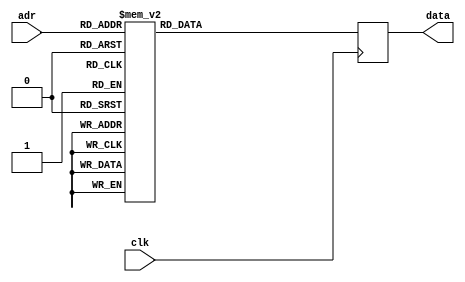
module testrom(clk, adr, data);
	input clk;
	input [10:0] adr;
	output [7:0] data;
	reg [7:0] data; 
	always @(posedge clk) begin
		case (adr)
			11'h000: data = 8'h41;
			11'h001: data = 8'h42;
			11'h002: data = 8'hcd;
			11'h003: data = 8'h67;
			11'h004: data = 8'h64;
			11'h005: data = 8'h3e;
			11'h006: data = 8'h01;
			11'h007: data = 8'hd3;
			11'h008: data = 8'he1;
			11'h009: data = 8'h3e;
			11'h00a: data = 8'hef;
			11'h00b: data = 8'hd3;
			11'h00c: data = 8'he7;
			11'h00d: data = 8'h21;
			11'h00e: data = 8'h2f;
			11'h00f: data = 8'h60;
			11'h010: data = 8'h22;
			11'h011: data = 8'h4e;
			11'h012: data = 8'hf1;
			11'h013: data = 8'h21;
			11'h014: data = 8'hb2;
			11'h015: data = 8'h61;
			11'h016: data = 8'h22;
			11'h017: data = 8'h39;
			11'h018: data = 8'hf1;
			11'h019: data = 8'h21;
			11'h01a: data = 8'h67;
			11'h01b: data = 8'h61;
			11'h01c: data = 8'h22;
			11'h01d: data = 8'h42;
			11'h01e: data = 8'hf1;
			11'h01f: data = 8'h21;
			11'h020: data = 8'h8e;
			11'h021: data = 8'h60;
			11'h022: data = 8'h22;
			11'h023: data = 8'h4b;
			11'h024: data = 8'hf1;
			11'h025: data = 8'h21;
			11'h026: data = 8'h00;
			11'h027: data = 8'h00;
			11'h028: data = 8'h22;
			11'h029: data = 8'hfc;
			11'h02a: data = 8'h7f;
			11'h02b: data = 8'h22;
			11'h02c: data = 8'hfe;
			11'h02d: data = 8'h7f;
			11'h02e: data = 8'hc9;
			11'h02f: data = 8'h21;
			11'h030: data = 8'h2d;
			11'h031: data = 8'h00;
			11'h032: data = 8'he5;
			11'h033: data = 8'hcd;
			11'h034: data = 8'h17;
			11'h035: data = 8'h64;
			11'h036: data = 8'h21;
			11'h037: data = 8'h00;
			11'h038: data = 8'h7c;
			11'h039: data = 8'h06;
			11'h03a: data = 8'h10;
			11'h03b: data = 8'h7e;
			11'h03c: data = 8'hb7;
			11'h03d: data = 8'h11;
			11'h03e: data = 8'h20;
			11'h03f: data = 8'h00;
			11'h040: data = 8'h28;
			11'h041: data = 8'h29;
			11'h042: data = 8'h1e;
			11'h043: data = 8'h0b;
			11'h044: data = 8'he5;
			11'h045: data = 8'h19;
			11'h046: data = 8'hcb;
			11'h047: data = 8'h56;
			11'h048: data = 8'he1;
			11'h049: data = 8'h1e;
			11'h04a: data = 8'h20;
			11'h04b: data = 8'h20;
			11'h04c: data = 8'h1e;
			11'h04d: data = 8'hc5;
			11'h04e: data = 8'h06;
			11'h04f: data = 8'h0b;
			11'h050: data = 8'h7e;
			11'h051: data = 8'h23;
			11'h052: data = 8'hcd;
			11'h053: data = 8'h57;
			11'h054: data = 8'h02;
			11'h055: data = 8'h10;
			11'h056: data = 8'hf9;
			11'h057: data = 8'hc1;
			11'h058: data = 8'hcd;
			11'h059: data = 8'hca;
			11'h05a: data = 8'h5f;
			11'h05b: data = 8'hcd;
			11'h05c: data = 8'hf1;
			11'h05d: data = 8'h0c;
			11'h05e: data = 8'h28;
			11'h05f: data = 8'h09;
			11'h060: data = 8'h38;
			11'h061: data = 8'h16;
			11'h062: data = 8'hcd;
			11'h063: data = 8'h75;
			11'h064: data = 8'h0f;
			11'h065: data = 8'hfe;
			11'h066: data = 8'h03;
			11'h067: data = 8'h28;
			11'h068: data = 8'h0f;
			11'h069: data = 8'h1e;
			11'h06a: data = 8'h15;
			11'h06b: data = 8'h19;
			11'h06c: data = 8'h10;
			11'h06d: data = 8'hcd;
			11'h06e: data = 8'he1;
			11'h06f: data = 8'h2c;
			11'h070: data = 8'h7d;
			11'h071: data = 8'hfe;
			11'h072: data = 8'h3d;
			11'h073: data = 8'h20;
			11'h074: data = 8'hbd;
			11'h075: data = 8'hc3;
			11'h076: data = 8'h81;
			11'h077: data = 8'h00;
			11'h078: data = 8'h21;
			11'h079: data = 8'h81;
			11'h07a: data = 8'h60;
			11'h07b: data = 8'hcd;
			11'h07c: data = 8'hed;
			11'h07d: data = 8'h52;
			11'h07e: data = 8'hc3;
			11'h07f: data = 8'h81;
			11'h080: data = 8'h00;
			11'h081: data = 8'h5e;
			11'h082: data = 8'h43;
			11'h083: data = 8'h0d;
			11'h084: data = 8'h0a;
			11'h085: data = 8'h42;
			11'h086: data = 8'h72;
			11'h087: data = 8'h65;
			11'h088: data = 8'h61;
			11'h089: data = 8'h6b;
			11'h08a: data = 8'h0d;
			11'h08b: data = 8'h0a;
			11'h08c: data = 8'h07;
			11'h08d: data = 8'h00;
			11'h08e: data = 8'hcd;
			11'h08f: data = 8'h19;
			11'h090: data = 8'h62;
			11'h091: data = 8'h28;
			11'h092: data = 8'h11;
			11'h093: data = 8'h21;
			11'h094: data = 8'h57;
			11'h095: data = 8'h61;
			11'h096: data = 8'hcd;
			11'h097: data = 8'hed;
			11'h098: data = 8'h52;
			11'h099: data = 8'hcd;
			11'h09a: data = 8'h75;
			11'h09b: data = 8'h0f;
			11'h09c: data = 8'hfe;
			11'h09d: data = 8'h79;
			11'h09e: data = 8'hc2;
			11'h09f: data = 8'h81;
			11'h0a0: data = 8'h00;
			11'h0a1: data = 8'hcd;
			11'h0a2: data = 8'h76;
			11'h0a3: data = 8'h61;
			11'h0a4: data = 8'hcd;
			11'h0a5: data = 8'h14;
			11'h0a6: data = 8'h62;
			11'h0a7: data = 8'hca;
			11'h0a8: data = 8'ha5;
			11'h0a9: data = 8'h44;
			11'h0aa: data = 8'h21;
			11'h0ab: data = 8'h20;
			11'h0ac: data = 8'h7e;
			11'h0ad: data = 8'h06;
			11'h0ae: data = 8'h20;
			11'h0af: data = 8'hcd;
			11'h0b0: data = 8'h87;
			11'h0b1: data = 8'h64;
			11'h0b2: data = 8'h01;
			11'h0b3: data = 8'h0b;
			11'h0b4: data = 8'h00;
			11'h0b5: data = 8'h11;
			11'h0b6: data = 8'h20;
			11'h0b7: data = 8'h7e;
			11'h0b8: data = 8'h21;
			11'h0b9: data = 8'h10;
			11'h0ba: data = 8'h7e;
			11'h0bb: data = 8'hd5;
			11'h0bc: data = 8'hed;
			11'h0bd: data = 8'hb0;
			11'h0be: data = 8'h21;
			11'h0bf: data = 8'h00;
			11'h0c0: data = 8'h00;
			11'h0c1: data = 8'hcd;
			11'h0c2: data = 8'ha3;
			11'h0c3: data = 8'h63;
			11'h0c4: data = 8'hed;
			11'h0c5: data = 8'h53;
			11'h0c6: data = 8'h40;
			11'h0c7: data = 8'h7e;
			11'h0c8: data = 8'he1;
			11'h0c9: data = 8'h01;
			11'h0ca: data = 8'h1a;
			11'h0cb: data = 8'h00;
			11'h0cc: data = 8'h09;
			11'h0cd: data = 8'h73;
			11'h0ce: data = 8'h23;
			11'h0cf: data = 8'h72;
			11'h0d0: data = 8'hcd;
			11'h0d1: data = 8'h86;
			11'h0d2: data = 8'h5b;
			11'h0d3: data = 8'h21;
			11'h0d4: data = 8'h00;
			11'h0d5: data = 8'h7e;
			11'h0d6: data = 8'h06;
			11'h0d7: data = 8'h10;
			11'h0d8: data = 8'hcd;
			11'h0d9: data = 8'h87;
			11'h0da: data = 8'h64;
			11'h0db: data = 8'h2a;
			11'h0dc: data = 8'ha0;
			11'h0dd: data = 8'hef;
			11'h0de: data = 8'hed;
			11'h0df: data = 8'h5b;
			11'h0e0: data = 8'h54;
			11'h0e1: data = 8'heb;
			11'h0e2: data = 8'hb7;
			11'h0e3: data = 8'hed;
			11'h0e4: data = 8'h52;
			11'h0e5: data = 8'h45;
			11'h0e6: data = 8'h4c;
			11'h0e7: data = 8'hed;
			11'h0e8: data = 8'h43;
			11'h0e9: data = 8'h02;
			11'h0ea: data = 8'h7e;
			11'h0eb: data = 8'h2a;
			11'h0ec: data = 8'hfc;
			11'h0ed: data = 8'h7f;
			11'h0ee: data = 8'h45;
			11'h0ef: data = 8'h4c;
			11'h0f0: data = 8'hed;
			11'h0f1: data = 8'h43;
			11'h0f2: data = 8'h04;
			11'h0f3: data = 8'h7e;
			11'h0f4: data = 8'heb;
			11'h0f5: data = 8'h2a;
			11'h0f6: data = 8'hfe;
			11'h0f7: data = 8'h7f;
			11'h0f8: data = 8'hb7;
			11'h0f9: data = 8'hed;
			11'h0fa: data = 8'h52;
			11'h0fb: data = 8'h28;
			11'h0fc: data = 8'h01;
			11'h0fd: data = 8'h23;
			11'h0fe: data = 8'h45;
			11'h0ff: data = 8'h4c;
			11'h100: data = 8'hed;
			11'h101: data = 8'h43;
			11'h102: data = 8'h06;
			11'h103: data = 8'h7e;
			11'h104: data = 8'h21;
			11'h105: data = 8'h00;
			11'h106: data = 8'h7e;
			11'h107: data = 8'h01;
			11'h108: data = 8'h10;
			11'h109: data = 8'h00;
			11'h10a: data = 8'hcd;
			11'h10b: data = 8'hb5;
			11'h10c: data = 8'h62;
			11'h10d: data = 8'h2a;
			11'h10e: data = 8'h02;
			11'h10f: data = 8'h7e;
			11'h110: data = 8'h45;
			11'h111: data = 8'h4c;
			11'h112: data = 8'h2a;
			11'h113: data = 8'h54;
			11'h114: data = 8'heb;
			11'h115: data = 8'hcd;
			11'h116: data = 8'hb5;
			11'h117: data = 8'h62;
			11'h118: data = 8'h21;
			11'h119: data = 8'h06;
			11'h11a: data = 8'h7e;
			11'h11b: data = 8'h46;
			11'h11c: data = 8'h23;
			11'h11d: data = 8'h4e;
			11'h11e: data = 8'h2a;
			11'h11f: data = 8'hfc;
			11'h120: data = 8'h7f;
			11'h121: data = 8'hcd;
			11'h122: data = 8'hb5;
			11'h123: data = 8'h62;
			11'h124: data = 8'h2a;
			11'h125: data = 8'h46;
			11'h126: data = 8'h7e;
			11'h127: data = 8'h22;
			11'h128: data = 8'h3c;
			11'h129: data = 8'h7e;
			11'h12a: data = 8'h2a;
			11'h12b: data = 8'h42;
			11'h12c: data = 8'h7e;
			11'h12d: data = 8'h11;
			11'h12e: data = 8'h00;
			11'h12f: data = 8'h7c;
			11'h130: data = 8'h3e;
			11'h131: data = 8'h01;
			11'h132: data = 8'hcd;
			11'h133: data = 8'h2a;
			11'h134: data = 8'h64;
			11'h135: data = 8'h2a;
			11'h136: data = 8'h40;
			11'h137: data = 8'h7e;
			11'h138: data = 8'h01;
			11'h139: data = 8'hff;
			11'h13a: data = 8'hff;
			11'h13b: data = 8'h37;
			11'h13c: data = 8'hcd;
			11'h13d: data = 8'hcb;
			11'h13e: data = 8'h63;
			11'h13f: data = 8'h2a;
			11'h140: data = 8'h4c;
			11'h141: data = 8'h7e;
			11'h142: data = 8'hcd;
			11'h143: data = 8'h17;
			11'h144: data = 8'h64;
			11'h145: data = 8'h21;
			11'h146: data = 8'h20;
			11'h147: data = 8'h7e;
			11'h148: data = 8'hed;
			11'h149: data = 8'h5b;
			11'h14a: data = 8'h4a;
			11'h14b: data = 8'h7e;
			11'h14c: data = 8'h01;
			11'h14d: data = 8'h20;
			11'h14e: data = 8'h00;
			11'h14f: data = 8'hed;
			11'h150: data = 8'hb0;
			11'h151: data = 8'hcd;
			11'h152: data = 8'h91;
			11'h153: data = 8'h61;
			11'h154: data = 8'hc3;
			11'h155: data = 8'h81;
			11'h156: data = 8'h00;
			11'h157: data = 8'h4f;
			11'h158: data = 8'h76;
			11'h159: data = 8'h65;
			11'h15a: data = 8'h72;
			11'h15b: data = 8'h77;
			11'h15c: data = 8'h72;
			11'h15d: data = 8'h69;
			11'h15e: data = 8'h74;
			11'h15f: data = 8'h65;
			11'h160: data = 8'h3f;
			11'h161: data = 8'h5b;
			11'h162: data = 8'h79;
			11'h163: data = 8'h2f;
			11'h164: data = 8'h6e;
			11'h165: data = 8'h5d;
			11'h166: data = 8'h00;
			11'h167: data = 8'hcd;
			11'h168: data = 8'h19;
			11'h169: data = 8'h62;
			11'h16a: data = 8'hca;
			11'h16b: data = 8'ha5;
			11'h16c: data = 8'h44;
			11'h16d: data = 8'hcd;
			11'h16e: data = 8'h76;
			11'h16f: data = 8'h61;
			11'h170: data = 8'hcd;
			11'h171: data = 8'h91;
			11'h172: data = 8'h61;
			11'h173: data = 8'hc3;
			11'h174: data = 8'h81;
			11'h175: data = 8'h00;
			11'h176: data = 8'h2a;
			11'h177: data = 8'h4a;
			11'h178: data = 8'h7e;
			11'h179: data = 8'h36;
			11'h17a: data = 8'h00;
			11'h17b: data = 8'h2a;
			11'h17c: data = 8'h40;
			11'h17d: data = 8'h7e;
			11'h17e: data = 8'h37;
			11'h17f: data = 8'h01;
			11'h180: data = 8'h00;
			11'h181: data = 8'h00;
			11'h182: data = 8'hcd;
			11'h183: data = 8'hcb;
			11'h184: data = 8'h63;
			11'h185: data = 8'h21;
			11'h186: data = 8'hff;
			11'h187: data = 8'h0f;
			11'h188: data = 8'hcd;
			11'h189: data = 8'hd3;
			11'h18a: data = 8'h5e;
			11'h18b: data = 8'heb;
			11'h18c: data = 8'h20;
			11'h18d: data = 8'hf0;
			11'h18e: data = 8'hc3;
			11'h18f: data = 8'h81;
			11'h190: data = 8'h00;
			11'h191: data = 8'h2a;
			11'h192: data = 8'h4c;
			11'h193: data = 8'h7e;
			11'h194: data = 8'h11;
			11'h195: data = 8'h00;
			11'h196: data = 8'h7c;
			11'h197: data = 8'h3e;
			11'h198: data = 8'h01;
			11'h199: data = 8'hcd;
			11'h19a: data = 8'h2a;
			11'h19b: data = 8'h64;
			11'h19c: data = 8'h21;
			11'h19d: data = 8'h21;
			11'h19e: data = 8'h00;
			11'h19f: data = 8'h11;
			11'h1a0: data = 8'h00;
			11'h1a1: data = 8'h70;
			11'h1a2: data = 8'h3e;
			11'h1a3: data = 8'h06;
			11'h1a4: data = 8'hcd;
			11'h1a5: data = 8'h2a;
			11'h1a6: data = 8'h64;
			11'h1a7: data = 8'h21;
			11'h1a8: data = 8'h27;
			11'h1a9: data = 8'h00;
			11'h1aa: data = 8'h11;
			11'h1ab: data = 8'h00;
			11'h1ac: data = 8'h70;
			11'h1ad: data = 8'h3e;
			11'h1ae: data = 8'h06;
			11'h1af: data = 8'hc3;
			11'h1b0: data = 8'h2a;
			11'h1b1: data = 8'h64;
			11'h1b2: data = 8'hcd;
			11'h1b3: data = 8'h19;
			11'h1b4: data = 8'h62;
			11'h1b5: data = 8'hca;
			11'h1b6: data = 8'ha5;
			11'h1b7: data = 8'h44;
			11'h1b8: data = 8'h01;
			11'h1b9: data = 8'h10;
			11'h1ba: data = 8'h00;
			11'h1bb: data = 8'h21;
			11'h1bc: data = 8'h00;
			11'h1bd: data = 8'h7e;
			11'h1be: data = 8'hcd;
			11'h1bf: data = 8'h94;
			11'h1c0: data = 8'h62;
			11'h1c1: data = 8'h21;
			11'h1c2: data = 8'h04;
			11'h1c3: data = 8'h7e;
			11'h1c4: data = 8'h56;
			11'h1c5: data = 8'h23;
			11'h1c6: data = 8'h5e;
			11'h1c7: data = 8'h23;
			11'h1c8: data = 8'hed;
			11'h1c9: data = 8'h53;
			11'h1ca: data = 8'hfc;
			11'h1cb: data = 8'h7f;
			11'h1cc: data = 8'h46;
			11'h1cd: data = 8'h23;
			11'h1ce: data = 8'h4e;
			11'h1cf: data = 8'heb;
			11'h1d0: data = 8'h09;
			11'h1d1: data = 8'h28;
			11'h1d2: data = 8'h01;
			11'h1d3: data = 8'h2b;
			11'h1d4: data = 8'h22;
			11'h1d5: data = 8'hfe;
			11'h1d6: data = 8'h7f;
			11'h1d7: data = 8'h21;
			11'h1d8: data = 8'h02;
			11'h1d9: data = 8'h7e;
			11'h1da: data = 8'h46;
			11'h1db: data = 8'h23;
			11'h1dc: data = 8'h4e;
			11'h1dd: data = 8'h79;
			11'h1de: data = 8'hb0;
			11'h1df: data = 8'h21;
			11'h1e0: data = 8'h21;
			11'h1e1: data = 8'h80;
			11'h1e2: data = 8'hc4;
			11'h1e3: data = 8'h94;
			11'h1e4: data = 8'h62;
			11'h1e5: data = 8'h21;
			11'h1e6: data = 8'h04;
			11'h1e7: data = 8'h7e;
			11'h1e8: data = 8'h56;
			11'h1e9: data = 8'h23;
			11'h1ea: data = 8'h5e;
			11'h1eb: data = 8'h23;
			11'h1ec: data = 8'h46;
			11'h1ed: data = 8'h23;
			11'h1ee: data = 8'h4e;
			11'h1ef: data = 8'heb;
			11'h1f0: data = 8'h79;
			11'h1f1: data = 8'hb0;
			11'h1f2: data = 8'hc4;
			11'h1f3: data = 8'h94;
			11'h1f4: data = 8'h62;
			11'h1f5: data = 8'h21;
			11'h1f6: data = 8'h02;
			11'h1f7: data = 8'h7e;
			11'h1f8: data = 8'h7e;
			11'h1f9: data = 8'h23;
			11'h1fa: data = 8'hb6;
			11'h1fb: data = 8'h28;
			11'h1fc: data = 8'h0a;
			11'h1fd: data = 8'hcd;
			11'h1fe: data = 8'h76;
			11'h1ff: data = 8'h3d;
			11'h200: data = 8'h23;
			11'h201: data = 8'h22;
			11'h202: data = 8'ha0;
			11'h203: data = 8'hef;
			11'h204: data = 8'hc3;
			11'h205: data = 8'h8e;
			11'h206: data = 8'h1f;
			11'h207: data = 8'h21;
			11'h208: data = 8'h00;
			11'h209: data = 8'h7e;
			11'h20a: data = 8'h56;
			11'h20b: data = 8'h23;
			11'h20c: data = 8'h5e;
			11'h20d: data = 8'h7b;
			11'h20e: data = 8'hb2;
			11'h20f: data = 8'hca;
			11'h210: data = 8'h81;
			11'h211: data = 8'h00;
			11'h212: data = 8'heb;
			11'h213: data = 8'he9;
			11'h214: data = 8'h21;
			11'h215: data = 8'h84;
			11'h216: data = 8'h64;
			11'h217: data = 8'h18;
			11'h218: data = 8'h2e;
			11'h219: data = 8'h7e;
			11'h21a: data = 8'h23;
			11'h21b: data = 8'hfe;
			11'h21c: data = 8'h22;
			11'h21d: data = 8'hc2;
			11'h21e: data = 8'ha5;
			11'h21f: data = 8'h44;
			11'h220: data = 8'h06;
			11'h221: data = 8'h0b;
			11'h222: data = 8'h11;
			11'h223: data = 8'h10;
			11'h224: data = 8'h7e;
			11'h225: data = 8'h7e;
			11'h226: data = 8'h23;
			11'h227: data = 8'hb7;
			11'h228: data = 8'h28;
			11'h229: data = 8'h14;
			11'h22a: data = 8'hfe;
			11'h22b: data = 8'h22;
			11'h22c: data = 8'h28;
			11'h22d: data = 8'h10;
			11'h22e: data = 8'hfe;
			11'h22f: data = 8'h61;
			11'h230: data = 8'h38;
			11'h231: data = 8'h06;
			11'h232: data = 8'hfe;
			11'h233: data = 8'h7b;
			11'h234: data = 8'h30;
			11'h235: data = 8'h02;
			11'h236: data = 8'he6;
			11'h237: data = 8'hdf;
			11'h238: data = 8'h12;
			11'h239: data = 8'h13;
			11'h23a: data = 8'h10;
			11'h23b: data = 8'he9;
			11'h23c: data = 8'h18;
			11'h23d: data = 8'h06;
			11'h23e: data = 8'h3e;
			11'h23f: data = 8'h20;
			11'h240: data = 8'h12;
			11'h241: data = 8'h13;
			11'h242: data = 8'h10;
			11'h243: data = 8'hfc;
			11'h244: data = 8'h21;
			11'h245: data = 8'h76;
			11'h246: data = 8'h64;
			11'h247: data = 8'h22;
			11'h248: data = 8'h5c;
			11'h249: data = 8'h62;
			11'h24a: data = 8'h21;
			11'h24b: data = 8'h2d;
			11'h24c: data = 8'h00;
			11'h24d: data = 8'he5;
			11'h24e: data = 8'hcd;
			11'h24f: data = 8'h17;
			11'h250: data = 8'h64;
			11'h251: data = 8'h21;
			11'h252: data = 8'h00;
			11'h253: data = 8'h7c;
			11'h254: data = 8'h06;
			11'h255: data = 8'h10;
			11'h256: data = 8'h11;
			11'h257: data = 8'h10;
			11'h258: data = 8'h7e;
			11'h259: data = 8'h3e;
			11'h25a: data = 8'h0b;
			11'h25b: data = 8'hcd;
			11'h25c: data = 8'h00;
			11'h25d: data = 8'h00;
			11'h25e: data = 8'h28;
			11'h25f: data = 8'h0e;
			11'h260: data = 8'h11;
			11'h261: data = 8'h20;
			11'h262: data = 8'h00;
			11'h263: data = 8'h19;
			11'h264: data = 8'h10;
			11'h265: data = 8'hf0;
			11'h266: data = 8'he1;
			11'h267: data = 8'h2c;
			11'h268: data = 8'h7d;
			11'h269: data = 8'hfe;
			11'h26a: data = 8'h3d;
			11'h26b: data = 8'h20;
			11'h26c: data = 8'he0;
			11'h26d: data = 8'hc9;
			11'h26e: data = 8'h22;
			11'h26f: data = 8'h4a;
			11'h270: data = 8'h7e;
			11'h271: data = 8'h01;
			11'h272: data = 8'h1a;
			11'h273: data = 8'h00;
			11'h274: data = 8'h09;
			11'h275: data = 8'h5e;
			11'h276: data = 8'h23;
			11'h277: data = 8'h56;
			11'h278: data = 8'hed;
			11'h279: data = 8'h53;
			11'h27a: data = 8'h40;
			11'h27b: data = 8'h7e;
			11'h27c: data = 8'h11;
			11'h27d: data = 8'h00;
			11'h27e: data = 8'h70;
			11'h27f: data = 8'h21;
			11'h280: data = 8'h21;
			11'h281: data = 8'h00;
			11'h282: data = 8'h3e;
			11'h283: data = 8'h06;
			11'h284: data = 8'hcd;
			11'h285: data = 8'h1c;
			11'h286: data = 8'h64;
			11'h287: data = 8'h21;
			11'h288: data = 8'h00;
			11'h289: data = 8'h00;
			11'h28a: data = 8'h22;
			11'h28b: data = 8'h46;
			11'h28c: data = 8'h7e;
			11'h28d: data = 8'he1;
			11'h28e: data = 8'h22;
			11'h28f: data = 8'h4c;
			11'h290: data = 8'h7e;
			11'h291: data = 8'haf;
			11'h292: data = 8'h3c;
			11'h293: data = 8'hc9;
			11'h294: data = 8'h22;
			11'h295: data = 8'h44;
			11'h296: data = 8'h7e;
			11'h297: data = 8'h21;
			11'h298: data = 8'h1c;
			11'h299: data = 8'h64;
			11'h29a: data = 8'h22;
			11'h29b: data = 8'h18;
			11'h29c: data = 8'h63;
			11'h29d: data = 8'h3e;
			11'h29e: data = 8'h3c;
			11'h29f: data = 8'h32;
			11'h2a0: data = 8'h0b;
			11'h2a1: data = 8'h63;
			11'h2a2: data = 8'h3e;
			11'h2a3: data = 8'h53;
			11'h2a4: data = 8'h32;
			11'h2a5: data = 8'h7d;
			11'h2a6: data = 8'h63;
			11'h2a7: data = 8'h3e;
			11'h2a8: data = 8'h29;
			11'h2a9: data = 8'h32;
			11'h2aa: data = 8'h20;
			11'h2ab: data = 8'h63;
			11'h2ac: data = 8'haf;
			11'h2ad: data = 8'h32;
			11'h2ae: data = 8'hec;
			11'h2af: data = 8'h62;
			11'h2b0: data = 8'h32;
			11'h2b1: data = 8'h78;
			11'h2b2: data = 8'h63;
			11'h2b3: data = 8'h18;
			11'h2b4: data = 8'h23;
			11'h2b5: data = 8'h22;
			11'h2b6: data = 8'h44;
			11'h2b7: data = 8'h7e;
			11'h2b8: data = 8'h21;
			11'h2b9: data = 8'h2a;
			11'h2ba: data = 8'h64;
			11'h2bb: data = 8'h22;
			11'h2bc: data = 8'h18;
			11'h2bd: data = 8'h63;
			11'h2be: data = 8'h3e;
			11'h2bf: data = 8'ha7;
			11'h2c0: data = 8'h32;
			11'h2c1: data = 8'h0b;
			11'h2c2: data = 8'h63;
			11'h2c3: data = 8'h3e;
			11'h2c4: data = 8'heb;
			11'h2c5: data = 8'h32;
			11'h2c6: data = 8'h78;
			11'h2c7: data = 8'h63;
			11'h2c8: data = 8'h3e;
			11'h2c9: data = 8'h63;
			11'h2ca: data = 8'h32;
			11'h2cb: data = 8'h7d;
			11'h2cc: data = 8'h63;
			11'h2cd: data = 8'h3e;
			11'h2ce: data = 8'h1b;
			11'h2cf: data = 8'h32;
			11'h2d0: data = 8'hec;
			11'h2d1: data = 8'h62;
			11'h2d2: data = 8'haf;
			11'h2d3: data = 8'h32;
			11'h2d4: data = 8'h20;
			11'h2d5: data = 8'h63;
			11'h2d6: data = 8'h3e;
			11'h2d7: data = 8'h0a;
			11'h2d8: data = 8'h32;
			11'h2d9: data = 8'h8f;
			11'h2da: data = 8'h63;
			11'h2db: data = 8'h79;
			11'h2dc: data = 8'hb0;
			11'h2dd: data = 8'hc8;
			11'h2de: data = 8'hed;
			11'h2df: data = 8'h43;
			11'h2e0: data = 8'h48;
			11'h2e1: data = 8'h7e;
			11'h2e2: data = 8'h2a;
			11'h2e3: data = 8'h46;
			11'h2e4: data = 8'h7e;
			11'h2e5: data = 8'h7c;
			11'h2e6: data = 8'he6;
			11'h2e7: data = 8'h01;
			11'h2e8: data = 8'hb5;
			11'h2e9: data = 8'h20;
			11'h2ea: data = 8'h5f;
			11'h2eb: data = 8'h18;
			11'h2ec: data = 8'h00;
			11'h2ed: data = 8'h7c;
			11'h2ee: data = 8'he6;
			11'h2ef: data = 8'h0e;
			11'h2f0: data = 8'h20;
			11'h2f1: data = 8'h1c;
			11'h2f2: data = 8'h2a;
			11'h2f3: data = 8'h40;
			11'h2f4: data = 8'h7e;
			11'h2f5: data = 8'hcb;
			11'h2f6: data = 8'h25;
			11'h2f7: data = 8'hcb;
			11'h2f8: data = 8'h14;
			11'h2f9: data = 8'hcb;
			11'h2fa: data = 8'h25;
			11'h2fb: data = 8'hcb;
			11'h2fc: data = 8'h14;
			11'h2fd: data = 8'hcb;
			11'h2fe: data = 8'h25;
			11'h2ff: data = 8'hcb;
			11'h300: data = 8'h14;
			11'h301: data = 8'h11;
			11'h302: data = 8'h3d;
			11'h303: data = 8'h00;
			11'h304: data = 8'h19;
			11'h305: data = 8'h22;
			11'h306: data = 8'h42;
			11'h307: data = 8'h7e;
			11'h308: data = 8'h3a;
			11'h309: data = 8'h47;
			11'h30a: data = 8'h7e;
			11'h30b: data = 8'h00;
			11'h30c: data = 8'h28;
			11'h30d: data = 8'h26;
			11'h30e: data = 8'h2a;
			11'h30f: data = 8'h42;
			11'h310: data = 8'h7e;
			11'h311: data = 8'he5;
			11'h312: data = 8'h11;
			11'h313: data = 8'h00;
			11'h314: data = 8'h7c;
			11'h315: data = 8'h3e;
			11'h316: data = 8'h01;
			11'h317: data = 8'hcd;
			11'h318: data = 8'h00;
			11'h319: data = 8'h00;
			11'h31a: data = 8'he1;
			11'h31b: data = 8'h23;
			11'h31c: data = 8'h22;
			11'h31d: data = 8'h42;
			11'h31e: data = 8'h7e;
			11'h31f: data = 8'h18;
			11'h320: data = 8'h00;
			11'h321: data = 8'h2a;
			11'h322: data = 8'h46;
			11'h323: data = 8'h7e;
			11'h324: data = 8'h7c;
			11'h325: data = 8'he6;
			11'h326: data = 8'h0f;
			11'h327: data = 8'hb5;
			11'h328: data = 8'h20;
			11'h329: data = 8'h20;
			11'h32a: data = 8'h2a;
			11'h32b: data = 8'h40;
			11'h32c: data = 8'h7e;
			11'h32d: data = 8'hcd;
			11'h32e: data = 8'ha3;
			11'h32f: data = 8'h63;
			11'h330: data = 8'hed;
			11'h331: data = 8'h53;
			11'h332: data = 8'h40;
			11'h333: data = 8'h7e;
			11'h334: data = 8'h2a;
			11'h335: data = 8'h40;
			11'h336: data = 8'h7e;
			11'h337: data = 8'hcb;
			11'h338: data = 8'h25;
			11'h339: data = 8'hcb;
			11'h33a: data = 8'h14;
			11'h33b: data = 8'hcb;
			11'h33c: data = 8'h25;
			11'h33d: data = 8'hcb;
			11'h33e: data = 8'h14;
			11'h33f: data = 8'hcb;
			11'h340: data = 8'h25;
			11'h341: data = 8'hcb;
			11'h342: data = 8'h14;
			11'h343: data = 8'h11;
			11'h344: data = 8'h3d;
			11'h345: data = 8'h00;
			11'h346: data = 8'h19;
			11'h347: data = 8'h22;
			11'h348: data = 8'h42;
			11'h349: data = 8'h7e;
			11'h34a: data = 8'h2a;
			11'h34b: data = 8'h46;
			11'h34c: data = 8'h7e;
			11'h34d: data = 8'h7c;
			11'h34e: data = 8'he6;
			11'h34f: data = 8'h01;
			11'h350: data = 8'h67;
			11'h351: data = 8'he5;
			11'h352: data = 8'heb;
			11'h353: data = 8'h21;
			11'h354: data = 8'h00;
			11'h355: data = 8'h02;
			11'h356: data = 8'hed;
			11'h357: data = 8'h52;
			11'h358: data = 8'heb;
			11'h359: data = 8'h2a;
			11'h35a: data = 8'h48;
			11'h35b: data = 8'h7e;
			11'h35c: data = 8'hcd;
			11'h35d: data = 8'hd3;
			11'h35e: data = 8'h5e;
			11'h35f: data = 8'h30;
			11'h360: data = 8'h07;
			11'h361: data = 8'h4d;
			11'h362: data = 8'h44;
			11'h363: data = 8'h21;
			11'h364: data = 8'h00;
			11'h365: data = 8'h00;
			11'h366: data = 8'h18;
			11'h367: data = 8'h04;
			11'h368: data = 8'h4b;
			11'h369: data = 8'h42;
			11'h36a: data = 8'hed;
			11'h36b: data = 8'h52;
			11'h36c: data = 8'h22;
			11'h36d: data = 8'h48;
			11'h36e: data = 8'h7e;
			11'h36f: data = 8'he1;
			11'h370: data = 8'h11;
			11'h371: data = 8'h00;
			11'h372: data = 8'h7c;
			11'h373: data = 8'h19;
			11'h374: data = 8'hed;
			11'h375: data = 8'h5b;
			11'h376: data = 8'h44;
			11'h377: data = 8'h7e;
			11'h378: data = 8'h00;
			11'h379: data = 8'hc5;
			11'h37a: data = 8'hed;
			11'h37b: data = 8'hb0;
			11'h37c: data = 8'hed;
			11'h37d: data = 8'h00;
			11'h37e: data = 8'h44;
			11'h37f: data = 8'h7e;
			11'h380: data = 8'hc1;
			11'h381: data = 8'h2a;
			11'h382: data = 8'h46;
			11'h383: data = 8'h7e;
			11'h384: data = 8'h09;
			11'h385: data = 8'h22;
			11'h386: data = 8'h46;
			11'h387: data = 8'h7e;
			11'h388: data = 8'h7c;
			11'h389: data = 8'he6;
			11'h38a: data = 8'h0f;
			11'h38b: data = 8'hb5;
			11'h38c: data = 8'h20;
			11'h38d: data = 8'h0c;
			11'h38e: data = 8'h18;
			11'h38f: data = 8'h00;
			11'h390: data = 8'h2a;
			11'h391: data = 8'h40;
			11'h392: data = 8'h7e;
			11'h393: data = 8'hcd;
			11'h394: data = 8'hcb;
			11'h395: data = 8'h63;
			11'h396: data = 8'hed;
			11'h397: data = 8'h53;
			11'h398: data = 8'h40;
			11'h399: data = 8'h7e;
			11'h39a: data = 8'h2a;
			11'h39b: data = 8'h48;
			11'h39c: data = 8'h7e;
			11'h39d: data = 8'h7d;
			11'h39e: data = 8'hb4;
			11'h39f: data = 8'hc2;
			11'h3a0: data = 8'he2;
			11'h3a1: data = 8'h62;
			11'h3a2: data = 8'hc9;
			11'h3a3: data = 8'he5;
			11'h3a4: data = 8'h23;
			11'h3a5: data = 8'h11;
			11'h3a6: data = 8'h00;
			11'h3a7: data = 8'h08;
			11'h3a8: data = 8'hcd;
			11'h3a9: data = 8'hd3;
			11'h3aa: data = 8'h5e;
			11'h3ab: data = 8'hd2;
			11'h3ac: data = 8'ha5;
			11'h3ad: data = 8'h44;
			11'h3ae: data = 8'he5;
			11'h3af: data = 8'hb7;
			11'h3b0: data = 8'hcd;
			11'h3b1: data = 8'hcb;
			11'h3b2: data = 8'h63;
			11'h3b3: data = 8'he1;
			11'h3b4: data = 8'h7b;
			11'h3b5: data = 8'hb2;
			11'h3b6: data = 8'h20;
			11'h3b7: data = 8'hec;
			11'h3b8: data = 8'he3;
			11'h3b9: data = 8'he5;
			11'h3ba: data = 8'hb7;
			11'h3bb: data = 8'hcd;
			11'h3bc: data = 8'hcb;
			11'h3bd: data = 8'h63;
			11'h3be: data = 8'he1;
			11'h3bf: data = 8'h7b;
			11'h3c0: data = 8'hb2;
			11'h3c1: data = 8'h20;
			11'h3c2: data = 8'h06;
			11'h3c3: data = 8'hc1;
			11'h3c4: data = 8'hc5;
			11'h3c5: data = 8'h37;
			11'h3c6: data = 8'hcd;
			11'h3c7: data = 8'hcb;
			11'h3c8: data = 8'h63;
			11'h3c9: data = 8'hd1;
			11'h3ca: data = 8'hc9;
			11'h3cb: data = 8'hf5;
			11'h3cc: data = 8'h7d;
			11'h3cd: data = 8'h5d;
			11'h3ce: data = 8'h54;
			11'h3cf: data = 8'hcb;
			11'h3d0: data = 8'h3c;
			11'h3d1: data = 8'hcb;
			11'h3d2: data = 8'h1d;
			11'h3d3: data = 8'h19;
			11'h3d4: data = 8'h11;
			11'h3d5: data = 8'h00;
			11'h3d6: data = 8'h70;
			11'h3d7: data = 8'h19;
			11'h3d8: data = 8'h5e;
			11'h3d9: data = 8'h23;
			11'h3da: data = 8'h56;
			11'h3db: data = 8'he6;
			11'h3dc: data = 8'h01;
			11'h3dd: data = 8'h20;
			11'h3de: data = 8'h0e;
			11'h3df: data = 8'h7a;
			11'h3e0: data = 8'he6;
			11'h3e1: data = 8'h0f;
			11'h3e2: data = 8'h57;
			11'h3e3: data = 8'hf1;
			11'h3e4: data = 8'hd0;
			11'h3e5: data = 8'h7e;
			11'h3e6: data = 8'he6;
			11'h3e7: data = 8'hf0;
			11'h3e8: data = 8'hb0;
			11'h3e9: data = 8'h77;
			11'h3ea: data = 8'h2b;
			11'h3eb: data = 8'h71;
			11'h3ec: data = 8'hc9;
			11'h3ed: data = 8'hcb;
			11'h3ee: data = 8'h3a;
			11'h3ef: data = 8'hcb;
			11'h3f0: data = 8'h1b;
			11'h3f1: data = 8'hcb;
			11'h3f2: data = 8'h3a;
			11'h3f3: data = 8'hcb;
			11'h3f4: data = 8'h1b;
			11'h3f5: data = 8'hcb;
			11'h3f6: data = 8'h3a;
			11'h3f7: data = 8'hcb;
			11'h3f8: data = 8'h1b;
			11'h3f9: data = 8'hcb;
			11'h3fa: data = 8'h3a;
			11'h3fb: data = 8'hcb;
			11'h3fc: data = 8'h1b;
			11'h3fd: data = 8'hf1;
			11'h3fe: data = 8'hd0;
			11'h3ff: data = 8'hcb;
			11'h400: data = 8'h21;
			11'h401: data = 8'hcb;
			11'h402: data = 8'h10;
			11'h403: data = 8'hcb;
			11'h404: data = 8'h21;
			11'h405: data = 8'hcb;
			11'h406: data = 8'h10;
			11'h407: data = 8'hcb;
			11'h408: data = 8'h21;
			11'h409: data = 8'hcb;
			11'h40a: data = 8'h10;
			11'h40b: data = 8'hcb;
			11'h40c: data = 8'h21;
			11'h40d: data = 8'hcb;
			11'h40e: data = 8'h10;
			11'h40f: data = 8'h70;
			11'h410: data = 8'h2b;
			11'h411: data = 8'h7e;
			11'h412: data = 8'he6;
			11'h413: data = 8'h0f;
			11'h414: data = 8'hb1;
			11'h415: data = 8'h77;
			11'h416: data = 8'hc9;
			11'h417: data = 8'h3e;
			11'h418: data = 8'h01;
			11'h419: data = 8'h11;
			11'h41a: data = 8'h00;
			11'h41b: data = 8'h7c;
			11'h41c: data = 8'he5;
			11'h41d: data = 8'h21;
			11'h41e: data = 8'h61;
			11'h41f: data = 8'h64;
			11'h420: data = 8'h36;
			11'h421: data = 8'hdb;
			11'h422: data = 8'h23;
			11'h423: data = 8'h36;
			11'h424: data = 8'he0;
			11'h425: data = 8'h23;
			11'h426: data = 8'h36;
			11'h427: data = 8'h12;
			11'h428: data = 8'h18;
			11'h429: data = 8'h0c;
			11'h42a: data = 8'he5;
			11'h42b: data = 8'h21;
			11'h42c: data = 8'h61;
			11'h42d: data = 8'h64;
			11'h42e: data = 8'h36;
			11'h42f: data = 8'h1a;
			11'h430: data = 8'h23;
			11'h431: data = 8'h36;
			11'h432: data = 8'hd3;
			11'h433: data = 8'h23;
			11'h434: data = 8'h36;
			11'h435: data = 8'he0;
			11'h436: data = 8'he1;
			11'h437: data = 8'hf5;
			11'h438: data = 8'hcd;
			11'h439: data = 8'h67;
			11'h43a: data = 8'h64;
			11'h43b: data = 8'hf1;
			11'h43c: data = 8'hd3;
			11'h43d: data = 8'he2;
			11'h43e: data = 8'h7d;
			11'h43f: data = 8'hd3;
			11'h440: data = 8'he3;
			11'h441: data = 8'h7c;
			11'h442: data = 8'hd3;
			11'h443: data = 8'he4;
			11'h444: data = 8'haf;
			11'h445: data = 8'hd3;
			11'h446: data = 8'he5;
			11'h447: data = 8'h3e;
			11'h448: data = 8'h40;
			11'h449: data = 8'hd3;
			11'h44a: data = 8'he6;
			11'h44b: data = 8'h3a;
			11'h44c: data = 8'h61;
			11'h44d: data = 8'h64;
			11'h44e: data = 8'hfe;
			11'h44f: data = 8'hdb;
			11'h450: data = 8'h3e;
			11'h451: data = 8'h20;
			11'h452: data = 8'h28;
			11'h453: data = 8'h02;
			11'h454: data = 8'h3e;
			11'h455: data = 8'h30;
			11'h456: data = 8'hd3;
			11'h457: data = 8'he7;
			11'h458: data = 8'hdb;
			11'h459: data = 8'he7;
			11'h45a: data = 8'hcb;
			11'h45b: data = 8'h7f;
			11'h45c: data = 8'h20;
			11'h45d: data = 8'hfa;
			11'h45e: data = 8'hcb;
			11'h45f: data = 8'h5f;
			11'h460: data = 8'hc8;
			11'h461: data = 8'h00;
			11'h462: data = 8'h00;
			11'h463: data = 8'h00;
			11'h464: data = 8'h13;
			11'h465: data = 8'h18;
			11'h466: data = 8'hf1;
			11'h467: data = 8'hdb;
			11'h468: data = 8'he7;
			11'h469: data = 8'he6;
			11'h46a: data = 8'h88;
			11'h46b: data = 8'h20;
			11'h46c: data = 8'hfa;
			11'h46d: data = 8'hd3;
			11'h46e: data = 8'he6;
			11'h46f: data = 8'hdb;
			11'h470: data = 8'he7;
			11'h471: data = 8'he6;
			11'h472: data = 8'h88;
			11'h473: data = 8'h20;
			11'h474: data = 8'hfa;
			11'h475: data = 8'hc9;
			11'h476: data = 8'hc5;
			11'h477: data = 8'he5;
			11'h478: data = 8'h47;
			11'h479: data = 8'h1a;
			11'h47a: data = 8'h13;
			11'h47b: data = 8'hbe;
			11'h47c: data = 8'h23;
			11'h47d: data = 8'h20;
			11'h47e: data = 8'h02;
			11'h47f: data = 8'h10;
			11'h480: data = 8'hf8;
			11'h481: data = 8'he1;
			11'h482: data = 8'hc1;
			11'h483: data = 8'hc9;
			11'h484: data = 8'h7e;
			11'h485: data = 8'hb7;
			11'h486: data = 8'hc9;
			11'h487: data = 8'haf;
			11'h488: data = 8'h77;
			11'h489: data = 8'h23;
			11'h48a: data = 8'h10;
			11'h48b: data = 8'hfc;
			11'h48c: data = 8'hc9;
			default: data = 8'hXX;
		endcase
	end
endmodule